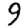
Digit: 9